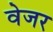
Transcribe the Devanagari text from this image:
वेजर